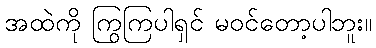
အထဲကို ကြွကြပါရှင် မဝင်တော့ပါဘူး။